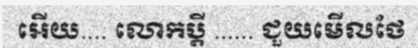
អើយ.... លោកប្តី ...... ជួយមើលថែ